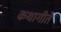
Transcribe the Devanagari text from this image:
कथागीते